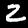
Label: 2